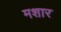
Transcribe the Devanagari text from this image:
मशार